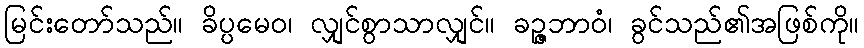
မြင်းတော်သည်။ ခိပ္ပမေဝ၊ လျှင်စွာသာလျှင်။ ခဉ္ဇဘာဝံ၊ ခွင်သည်၏အဖြစ်ကို။